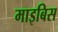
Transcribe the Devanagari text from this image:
माइबिस